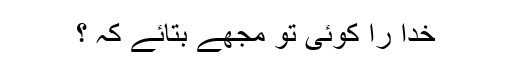
خدا را کوئی تو مجھے بتائے کہ ؟